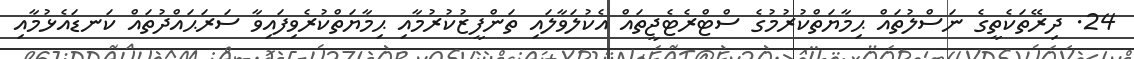
24. ދިރޭތަކެތީގެ ނަސްލުތައް ޙިމާޔަތްކުރުމުގެ ސްޓްރެޓެޖީތައް އެކުލަވާލައި ތަންފީޒުކުރުމާއި ޙިމާޔަތްކުރެވިފައިވާ ސަރަޙައްދުތައް ކަނޑައެޅުމާއި